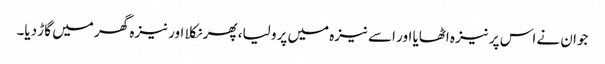
جوان نے اس پر نیزہ اٹھایا اور اسے نیزہ میں پرو لیا، پھر نکلا اور نیزہ گھر میں گاڑ دیا۔